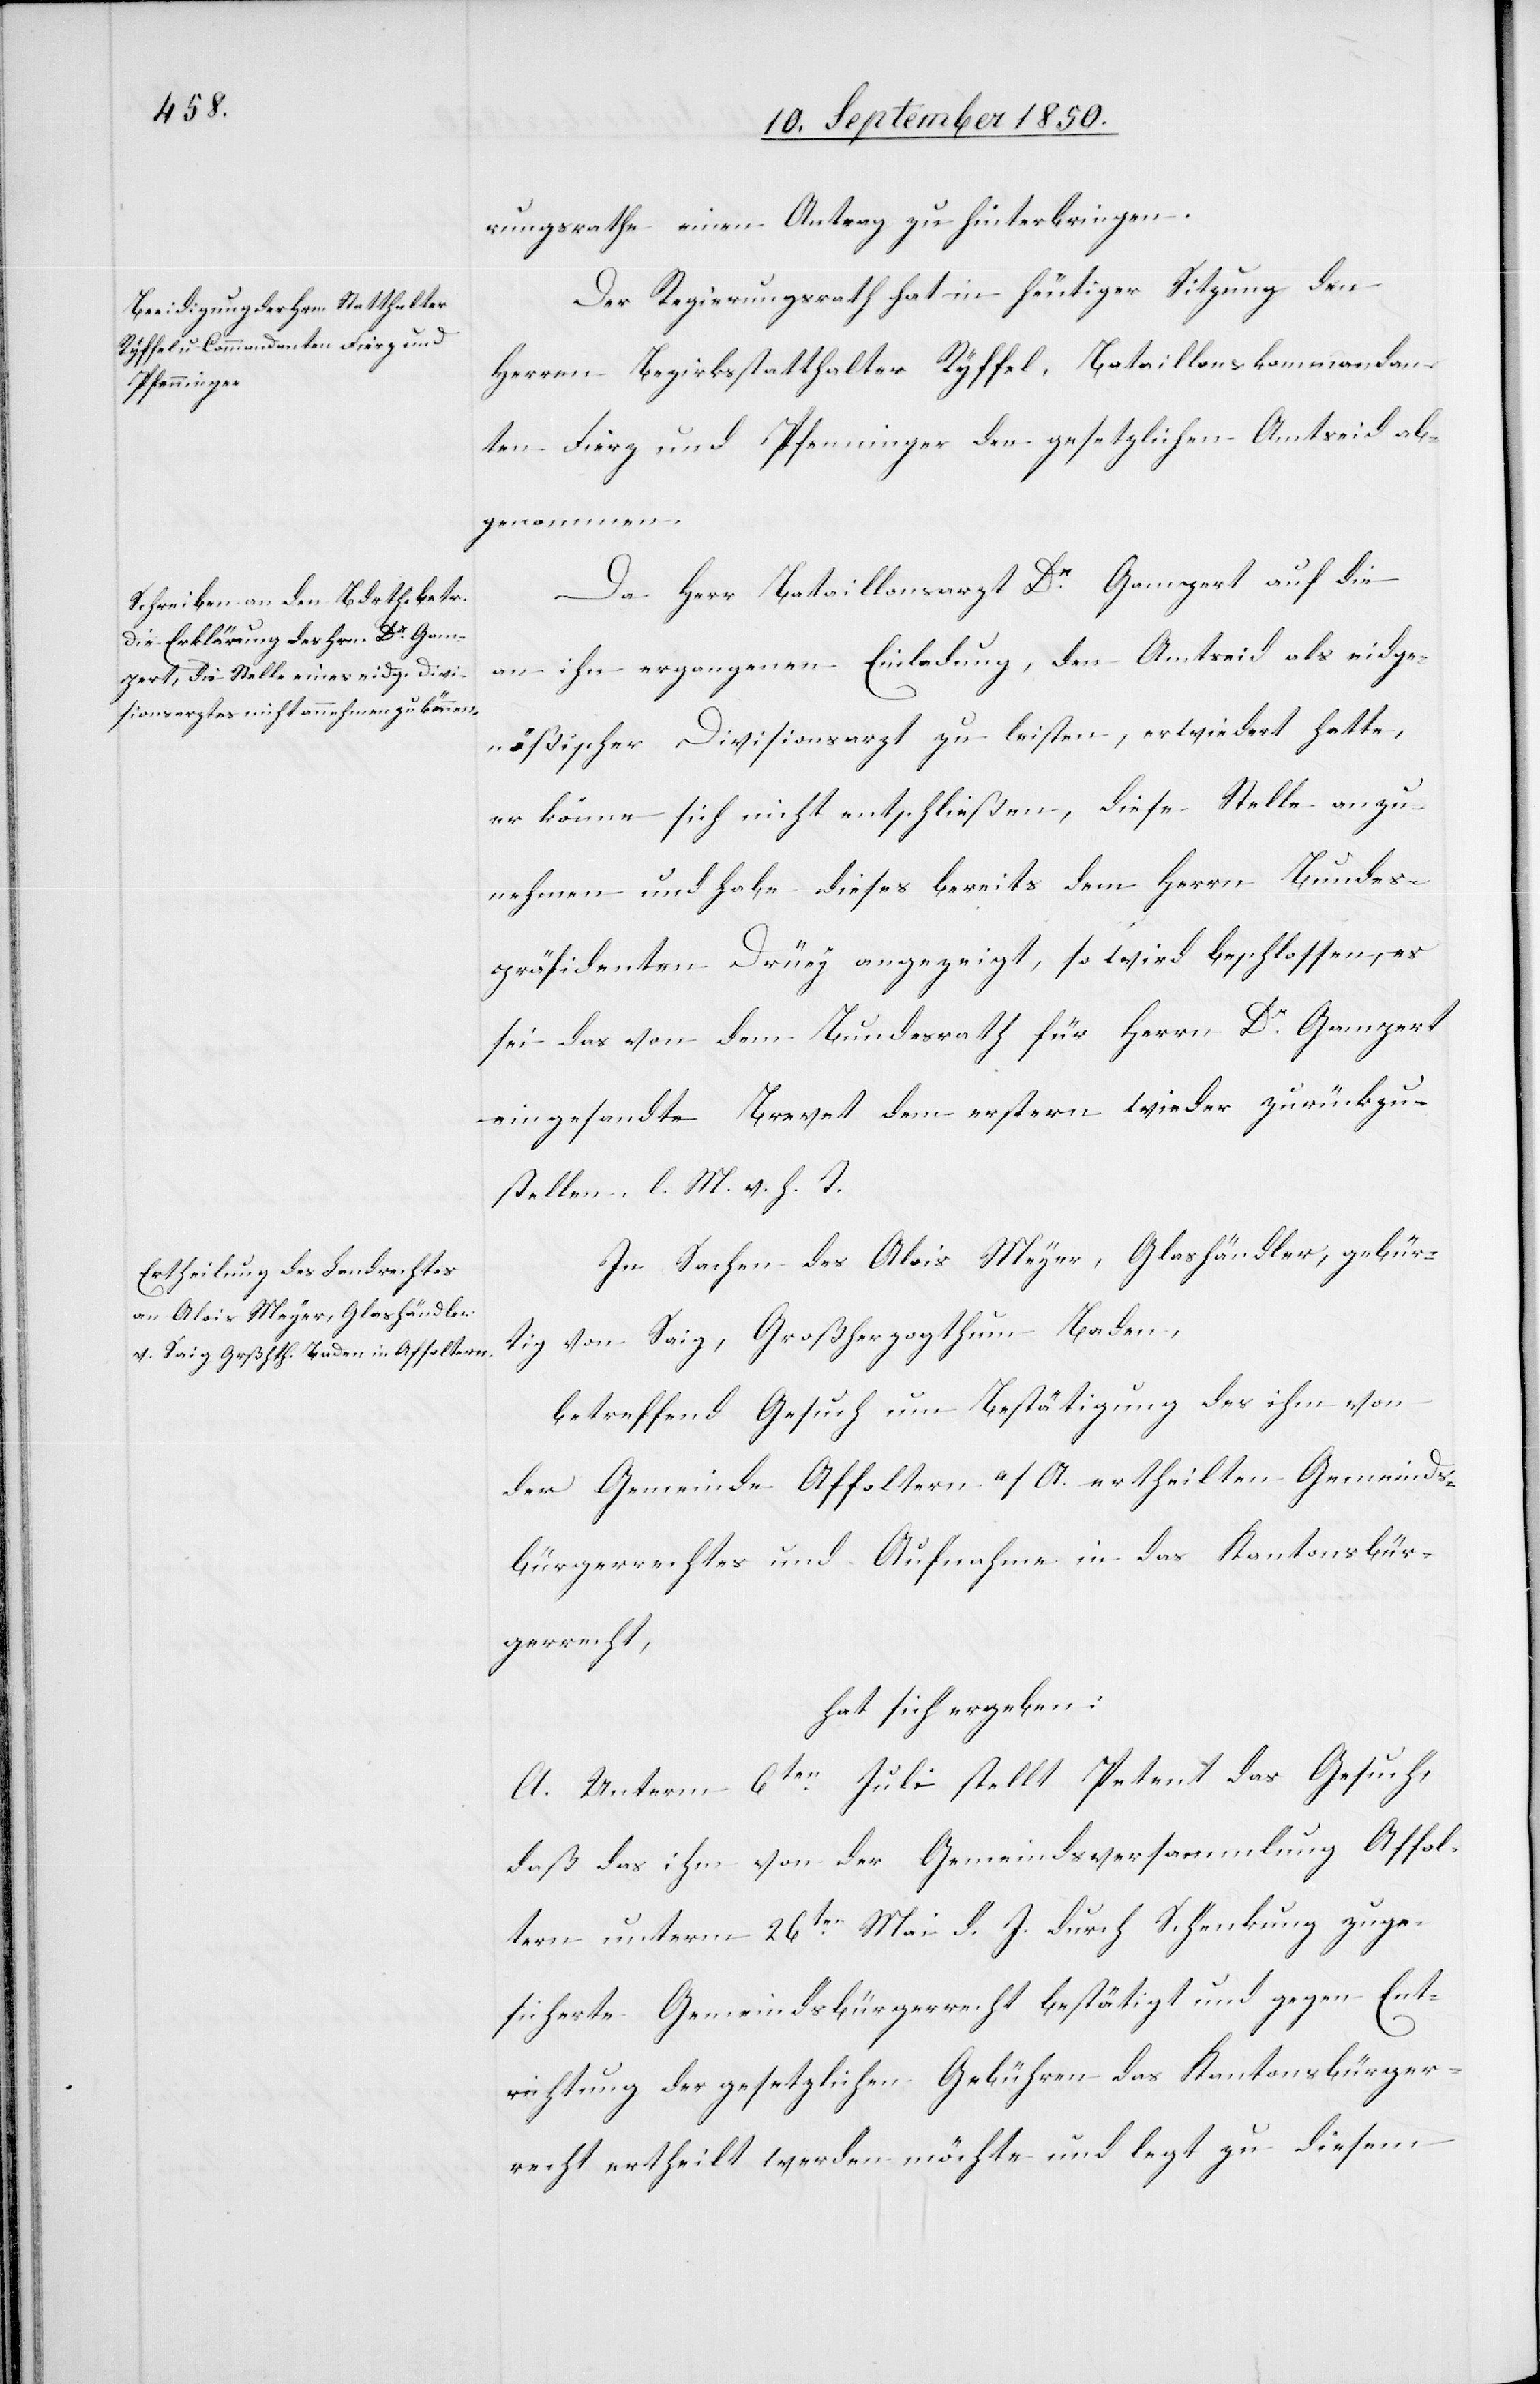
rungsrathe einen Antrag zu hinterbringen.
Der Regierungsrath hat in heutiger Sitzung den
Herren Bezirksstatthalter Ryffel, Bataillonskommandan¬
ten Fierz und Pfenninger den gesetzlichen Amtseid ab¬
genommen.
Da Herr Bataillonsarzt Dr Gampert auf die
an ihn ergangenen Einladung, den Amtseid als eidge¬
nößischer Divisionsarzt zu leisten, erwiedert hatte,
er könne sich nicht entschließen, diese Stelle anzu¬
nehmen und habe dieses bereits dem Herrn Bundes¬
präsidenten Drüey angezeigt, so wird beschlossen, es
sei das von dem Bundesrath für Herrn Dr Gampert
eingesandte Brevet dem erstern wieder zurückzu¬
stellen. l. M. v. h. T.
In Sachen des Alois Meyer, Glashändler, gebür¬
tig von Saig, Großherzogthum Baden,
betreffend Gesuch um Bestätigung des ihm von
der Gemeinde Affoltern a/A. ertheilten Gemeinds¬
bürgerrechtes und Aufnahme in das Kantonsbür¬
gerrecht,
hat sich ergeben:
A. Unterm 6ten Juli stellt Petent das Gesuch,
daß das ihm von der Gemeindsversammlung Affol¬
tern unterm 26ten Mai d. J. durch Schenkung zuge¬
sicherte Gemeindsbürgerrecht bestätigt und gegen Ent¬
richtung der gesetzlichen Gebühren das Kantonsbürger¬
recht ertheilt werden möchte und legt zu diesem